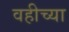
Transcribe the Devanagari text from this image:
वहीच्या